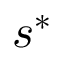
s ^ { * }